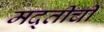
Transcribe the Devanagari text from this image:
मद्तीची